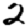
Digit: 2